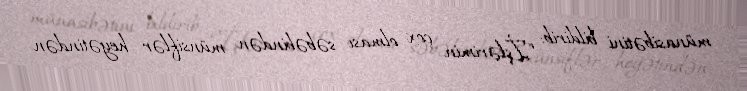
münasibətini bildirib: “İşlərimin çox olması səbəbindən münsiflər heyətindən